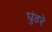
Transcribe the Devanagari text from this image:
घुंडरे